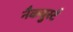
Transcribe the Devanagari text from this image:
नैकवुर्स्ट